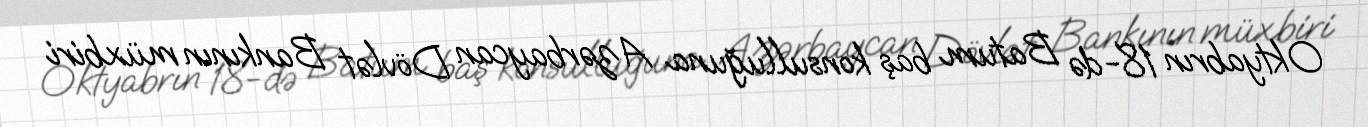
Oktyabrın 18-də Batum baş konsulluğuna Azərbaycan Dövlət Bankının müxbiri